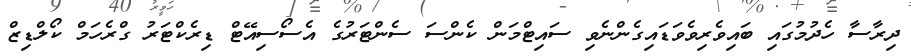
ދިރާސާ ހެދުމުގައި ބައިވެރިވެވަޑައިގެންނެވި ސައިޓްމަން ކެންސަ ސެންޓަރުގެ އެސޯސިއޭޓް ޑިރެކްޓަރު ގްރެހަމް ކޯލްޑިޒް